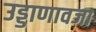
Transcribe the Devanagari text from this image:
उड्डाणावजा